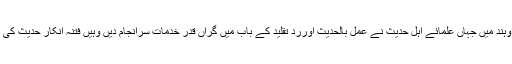
تو اس فتنہ انکار حدیث کے رد میں برصغیر پاک وہند میں جہاں علمائے اہل حدیث نے عمل بالحدیث اورردِّ تقلید کے باب میں گراں قدر خدمات سرانجام دیں وہیں فتنہ انکار حدیث کی تردید میں بھی اپنی تمام تر کوششیں صرف کردیں۔